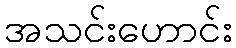
အသင်းဟောင်း